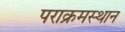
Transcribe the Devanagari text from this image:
पराक्रमस्थान